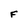
Character: F